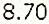
8.70